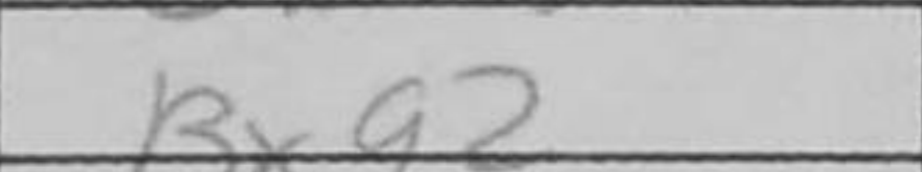
Transcription: Bxg2